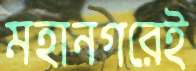
মহানগরেই